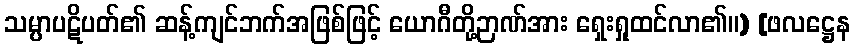
သမ္ပာပဋိပတ်၏ ဆန့်ကျင်ဘက်အဖြစ်ဖြင့် ယောဂီတို့ဉာဏ်အား ရှေးရှုထင်လာ၏။) [ဖလဋ္ဌေန